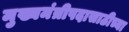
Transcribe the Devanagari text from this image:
मुख्यमंत्रीपदासाठीच्या